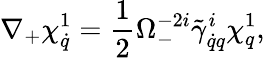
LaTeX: \nabla_{+}\chi_{\dot{q}}^{1}=\frac 12\Omega_{-}^{-2i}\tilde{\gamma}_{\dot{q}q}^{i}\chi_{q}^{1},